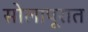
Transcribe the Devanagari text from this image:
सोलापूरात